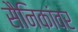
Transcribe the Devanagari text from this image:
सैनिकांवर